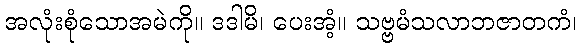
အလုံးစုံသောအမဲကို။ ဒဒါမိ၊ ပေးအံ့။ သဗ္ဗမံသလာဘဇာတကံ၊